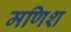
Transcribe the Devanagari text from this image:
मणिश